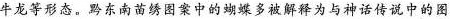
牛龙等形态。路东南苗图案中的蝴蝶多被解释为与神话传说中的图